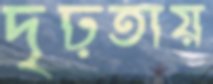
দৃঢ়তায়